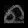
Digit: ၈